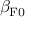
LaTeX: \beta _ { { \mathrm { F } } 0 }